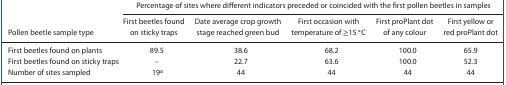
<table><thead><tr><td rowspan="2"><b>Pollen beetle sample type</b></td><td colspan="5"><b>Percentage of sites where different indicators preceded or coincided with the first pollen beetles in samples</b></td></tr><tr><td><b>First beetles found on sticky traps</b></td><td><b>Date average crop growth stage reached green bud</b></td><td><b>First occasion with temperature of ≥15 °C</b></td><td><b>First proPlant dot of any colour</b></td><td><b>First yellow or red proPlant dot</b></td></tr></thead><tbody><tr><td>First beetles found on plants</td><td>89.5</td><td>38.6</td><td>68.2</td><td>100.0</td><td>65.9</td></tr><tr><td>First beetles found on sticky traps</td><td>—</td><td>22.7</td><td>63.6</td><td>100.0</td><td>52.3</td></tr><tr><td>Number of sites sampled</td><td>19a</td><td>44</td><td>44</td><td>44</td><td>44</td></tr></tbody></table>